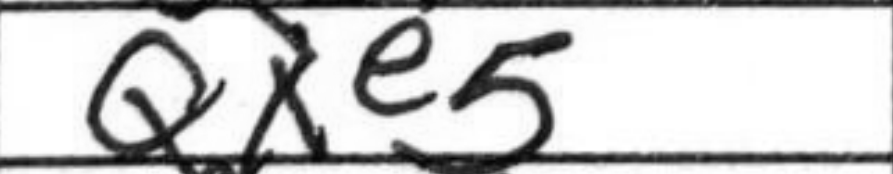
Transcription: Qxe5